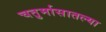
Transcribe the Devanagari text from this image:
चतुर्मासातल्या